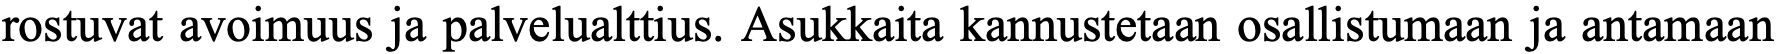
rostuvat avoimuus ja palvelualttius. Asukkaita kannustetaan osallistumaan ja antamaan